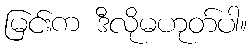
မြင်းက ဒီလိုမဟုတ်ပါ။